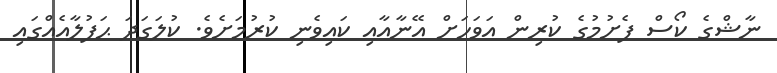
ނާޝްގެ ކޯސް ފެށުމުގެ ކުރިން އަވަހަށް އޭނާއާއި ކައިވެނި ކުރުމަށެވެ. ކުލަގަދަ ޙަފުލާއެއްގައި